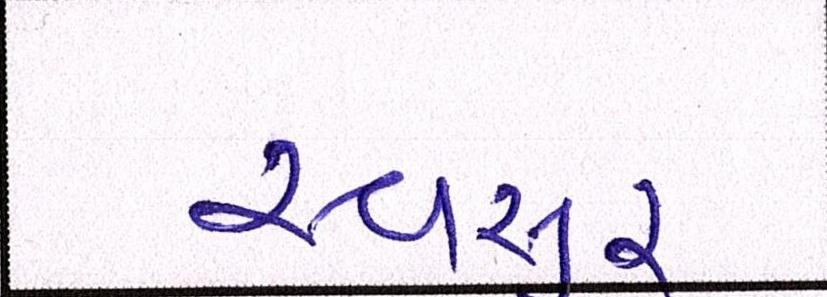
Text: સ્વસુર